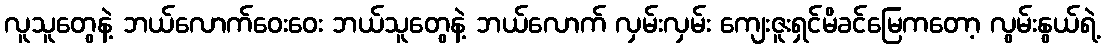
လူသူတွေနဲ့ ဘယ်လောက်ဝေးဝေး ဘယ်သူတွေနဲ့ ဘယ်လောက် လှမ်းလှမ်း ကျေးဇူးရှင်မိခင်မြေကတော့ လွမ်းနွယ်ရဲ့